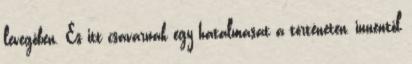
levegőben. És itt csavarnak egy hatalmasat a történeten, innentől